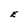
Character: E